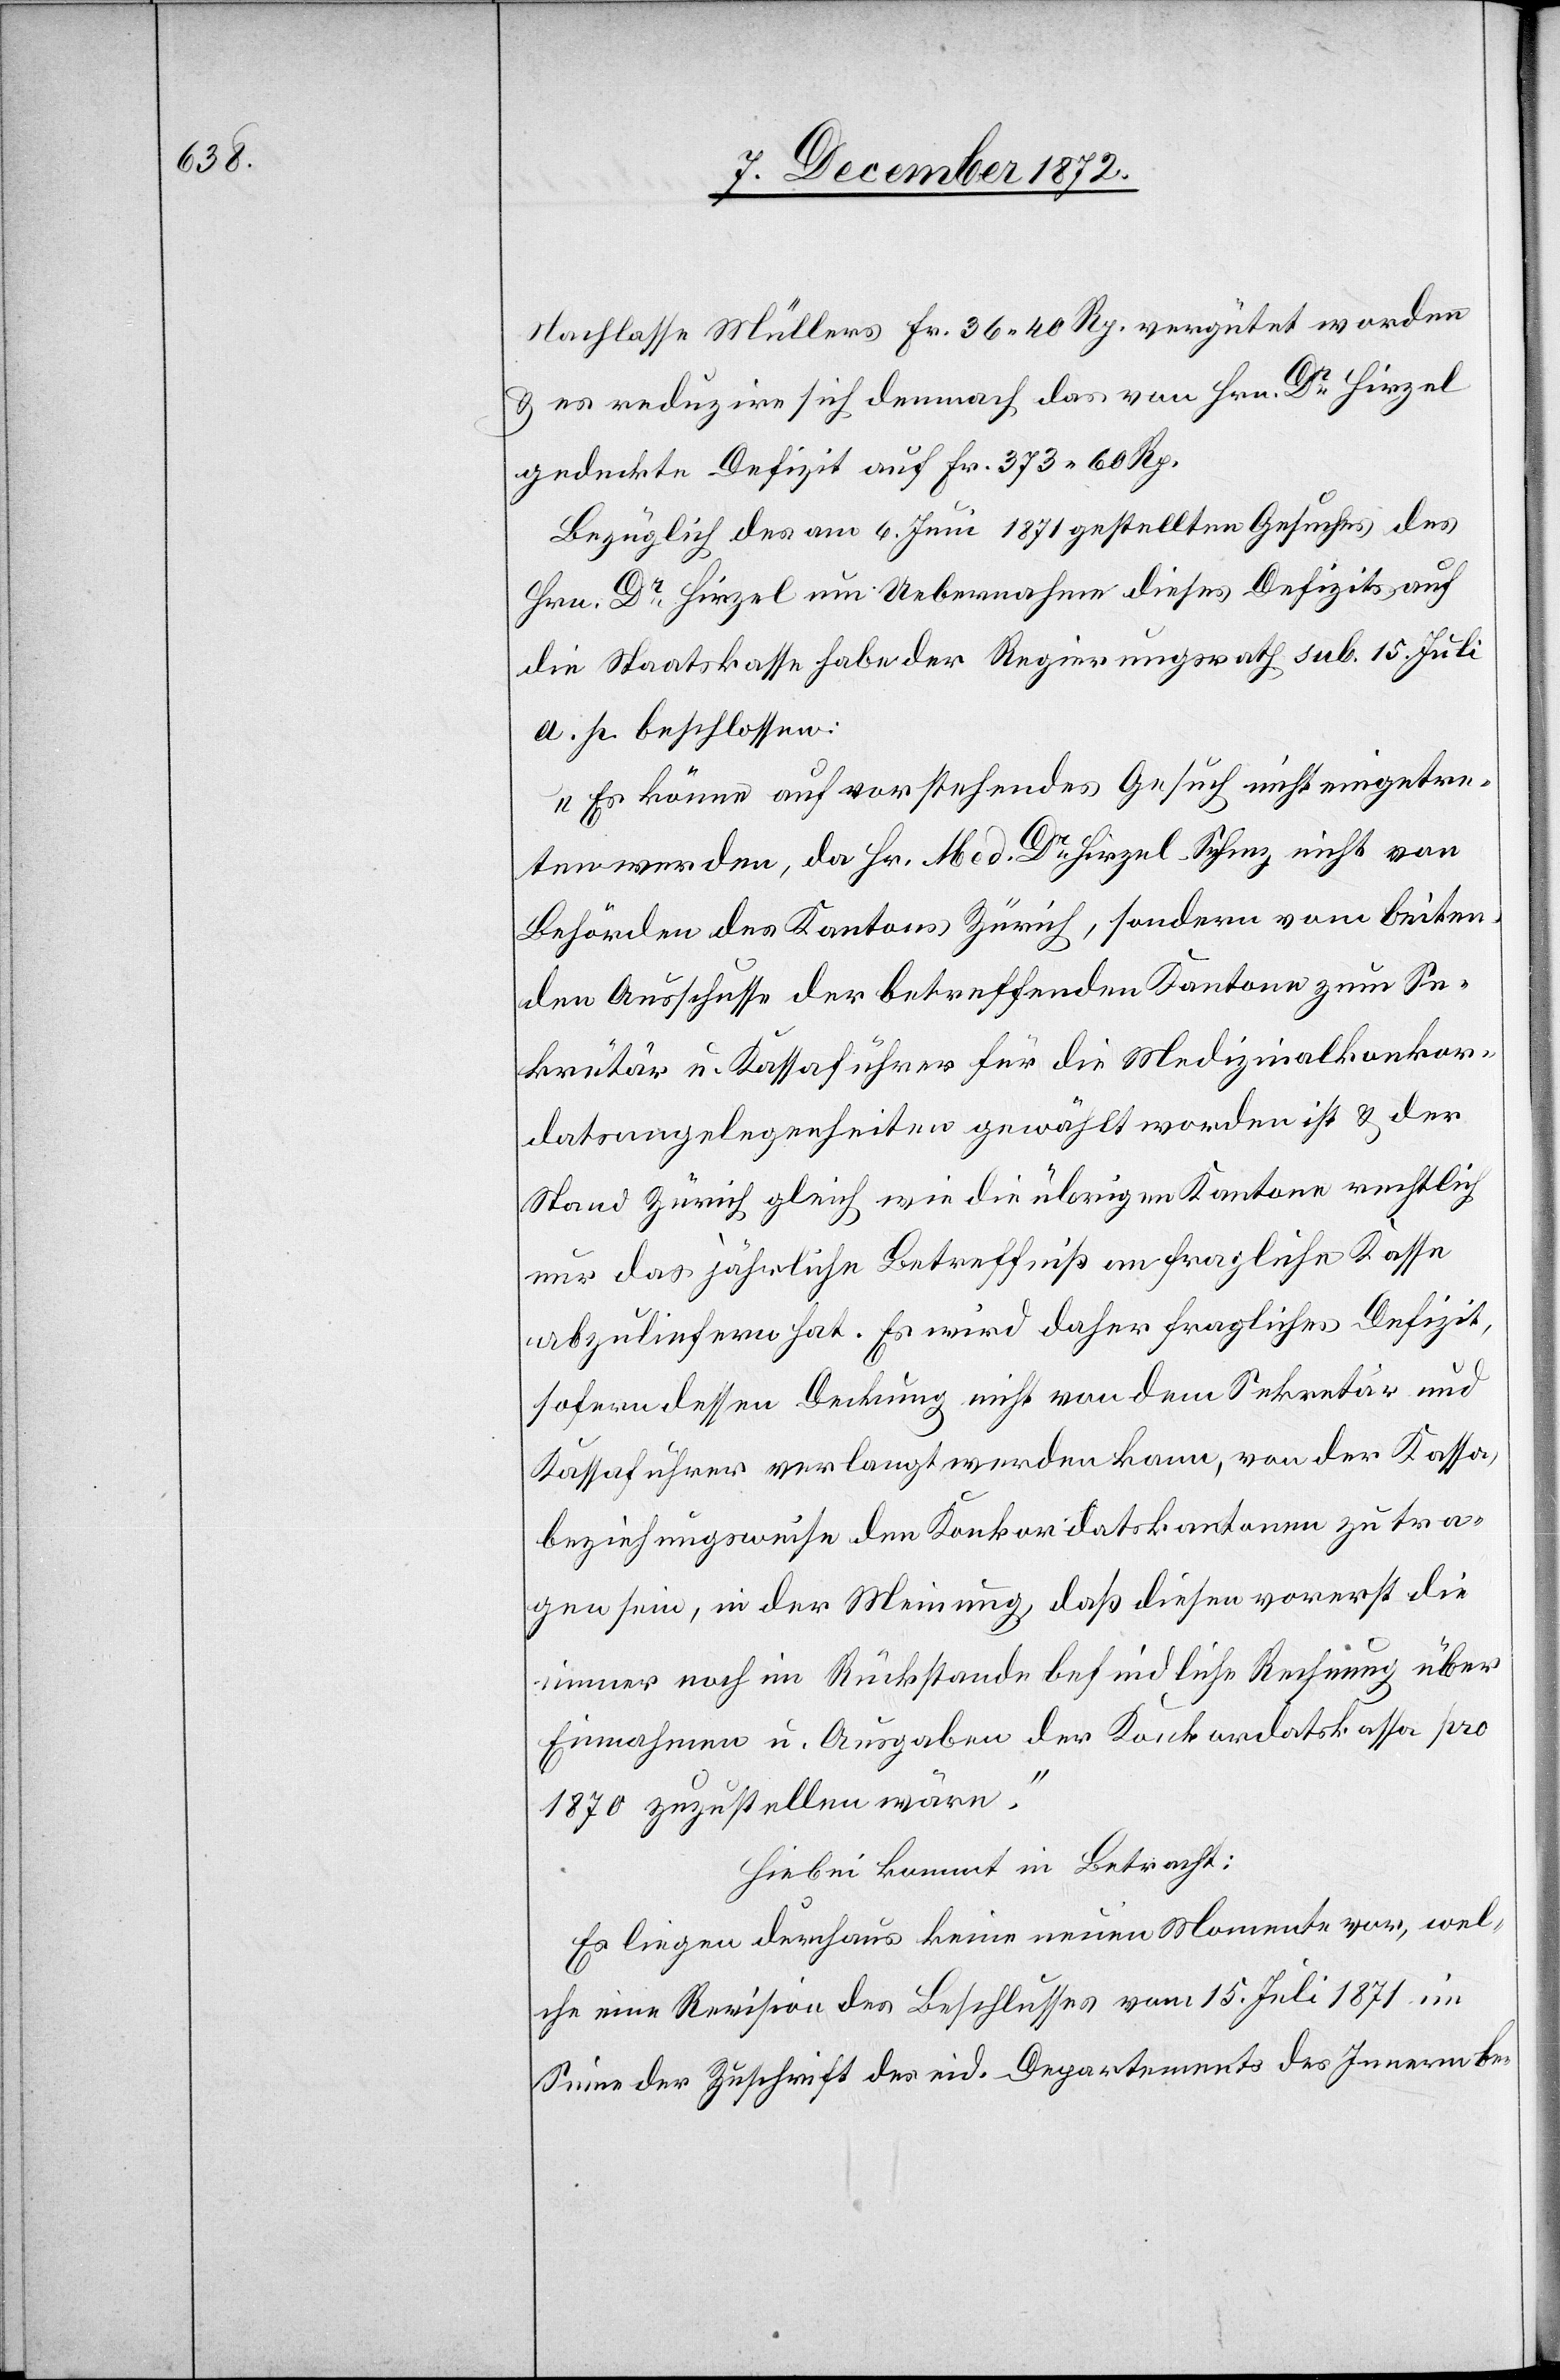
Nachlasse Müllers Fr. 36 40 Rp. vergütet worden
u. es reduzire sich demnach das von Hrn. Dr Hirzel
gedeckte Defizit auf Fr. 373 60 Rp.
Bezüglich des am 6. Juni 1871 gestellten Gesuches des
Hrn. Dr Hirzel um Uebernahme dieses Defizits auf
die Staatskasse habe der Regierungsrath sub. 15. Juli
a. p. beschlossen:
„Es könne auf vorstehendes Gesuch nicht eingetre¬
ten werden, da Hr. Med Dr Hirzel-Schinz nicht von
Behörden des Kantons Zürich, sondern vom leiten¬
den Ausschusse der betreffenden Kantone zum Se¬
kretär u. Kassaführer für die Medizinalkonkor¬
datsangelegenheiten gewählt worden ist u. der
Stand Zürich gleich wie die übrigen Kantone rechtlich
nur das jährliche Betreffniß an fragliche Kasse
abzuliefern hat. Es wird daher fragliches Defizit,
sofern dessen Deckung nicht von dem Sekretär und
Kassaführer verlangt werden kann, von der Kassa,
beziehungswese den Konkordatskantonen zu tra¬
gen sein, in der Meinung, daß diesen vorerst die
immer noch im Rückstande befindliche Rechnung über
Einnahmen u. Ausgaben der Konkordatskassa pro
1870 zuzustellen wäre.“
Hiebei kommt in Betracht:
Es liegen durchaus keine neuen Momente vor, wel¬
che eine Revision des Beschlusses vom 15. Juli 1871 im
Sinne der Zuschrift des eid. Departements des Innern be-